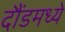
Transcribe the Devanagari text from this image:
दौंडमध्ये